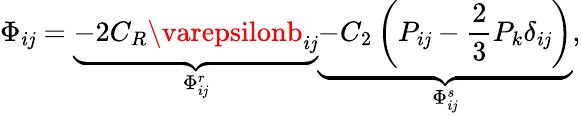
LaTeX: \Phi_{i\mathit{j}}=\underbrace{{-2C_{R}\varepsilonb_{i\mathit{j}}}}_{\Phi_{i\mathit{j}}^{r}}\underbrace{{-C_{2}\left(P_{i\mathit{j}}-\frac{{2}}{{3}}P_{k}\delta_{i\mathit{j}}\right)}}_{\Phi_{i\mathit{j}}^{s}},